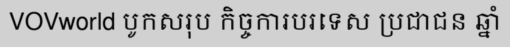
VOVworld បូកសរុប កិច្ចការបរទេស ប្រជាជន ឆ្នាំ